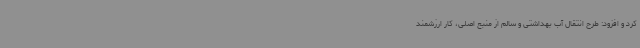
کرد و افزود: طرح انتقال آب بهداشتی و سالم از منبع اصلی، کار ارزشمند